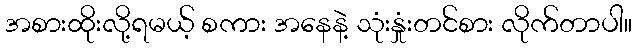
အစားထိုးလို့ရမယ့် စကား အနေနဲ့ သုံးနှုံးတင်စား လိုက်တာပါ။